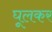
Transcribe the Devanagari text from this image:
घूलकर